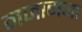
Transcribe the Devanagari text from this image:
मजामजा